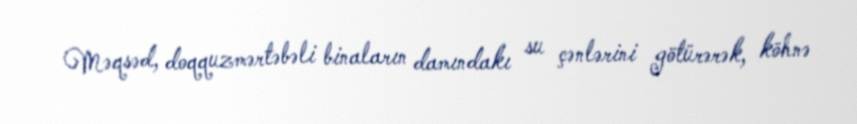
Məqsəd, doqquzmərtəbəli binaların damındakı su çənlərini götürərək, köhnə